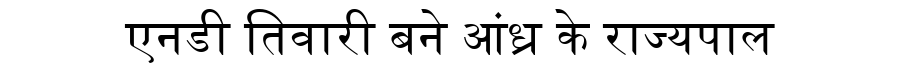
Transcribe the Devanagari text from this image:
एनडी तिवारी बने आंध्र के राज्यपाल